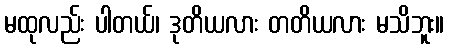
မထုလည်း ပါတယ်၊ ဒုတိယလား တတိယလား မသိဘူး။